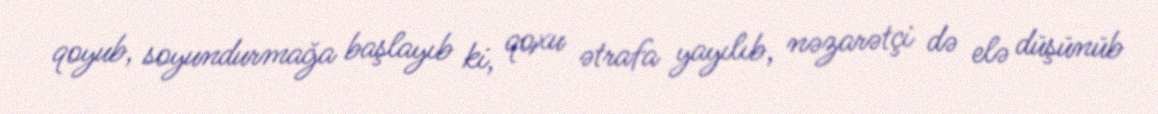
qoyub, soyundurmağa başlayıb ki, qoxu ətrafa yayılıb, nəzarətçi də elə düşünüb